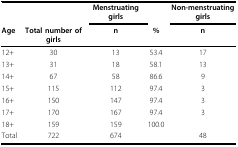
<table><thead><tr><td></td><td></td><td><b>Menstruating girls</b></td><td></td><td><b>Non-menstruating girls</b></td></tr><tr><td><b>Age</b></td><td><b>Total number of girls</b></td><td><b>n</b></td><td><b>%</b></td><td><b>n</b></td></tr></thead><tbody><tr><td>12+</td><td>30</td><td>13</td><td>53.4</td><td>17</td></tr><tr><td>13+</td><td>31</td><td>18</td><td>58.1</td><td>13</td></tr><tr><td>14+</td><td>67</td><td>58</td><td>86.6</td><td>9</td></tr><tr><td>15+</td><td>115</td><td>112</td><td>97.4</td><td>3</td></tr><tr><td>16+</td><td>150</td><td>147</td><td>97.4</td><td>3</td></tr><tr><td>17+</td><td>170</td><td>167</td><td>97.4</td><td>3</td></tr><tr><td>18+</td><td>159</td><td>159</td><td>100.0</td><td></td></tr><tr><td>Total</td><td>722</td><td>674</td><td></td><td>48</td></tr></tbody></table>